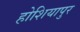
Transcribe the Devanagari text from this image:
होशियापुर